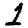
Digit: 1